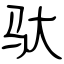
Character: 驮